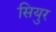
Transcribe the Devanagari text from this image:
सियुर